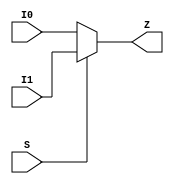
// This program was cloned from: https://github.com/colognechip/gatemate_ila
// License: GNU General Public License v3.0

// Company           :   racyics
//
// Project Name      :   p_cc
// Subproject Name   :   s_fpga
// Description       :   <short description>
//
// Last Change       :   $Date: 2015-10-16 09:11:54 +0200 (Fri, 16 Oct 2015) $
// by                :   $Author: glueck $
//------------------------------------------------------------
module common_mux2 (
    	I0,
	I1,
	S,	
	Z
);

input I0;
input I1;
input S;	
output Z;

assign Z= S ? I1 : I0;

endmodule